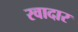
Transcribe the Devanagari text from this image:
रवादार